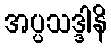
အပ္ပသဒ္ဒါနိ